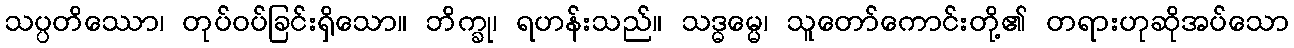
သပ္ပတိဿော၊ တုပ်ဝပ်ခြင်းရှိသော။ ဘိက္ခု၊ ရဟန်းသည်။ သဒ္ဓမ္မေ၊ သူတော်ကောင်းတို့၏ တရားဟုဆိုအပ်သော